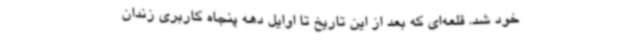
خود شد. قلعه‌ای که بعد از این تاریخ تا اوایل دهه پنجاه کاربری زندان